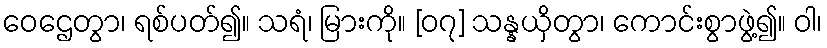
ဝေဌေတွာ၊ ရစ်ပတ်၍။ သရံ၊ မြားကို။ [၀၇] သန္နယှိတွာ၊ ကောင်းစွာဖွဲ့၍။ ဝါ၊